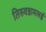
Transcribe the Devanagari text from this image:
तिरुवन्नामलई